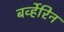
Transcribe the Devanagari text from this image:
बर्व्हेरिन